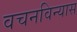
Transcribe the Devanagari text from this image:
वचनविन्यास